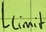
Text: Llimit